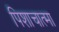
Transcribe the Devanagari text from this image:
पिशाचात्मा